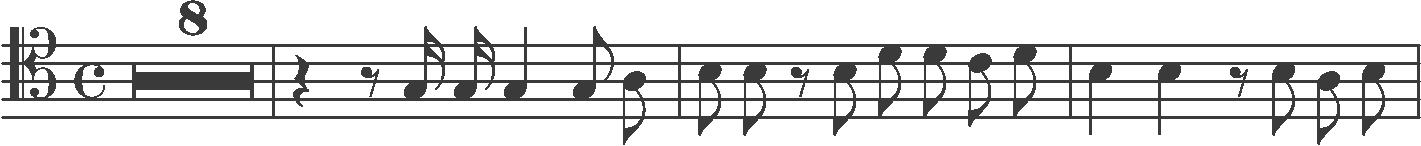
Transcription: clef-C4 timeSignature-C multirest-8 barline rest-quarter rest-eighth note-G3_sixteenth note-G3_sixteenth note-G3_quarter note-G3_eighth note-A3_eighth barline note-B3_eighth note-B3_eighth rest-eighth note-B3_eighth note-D4_eighth note-D4_eighth note-C4_eighth note-D4_eighth barline note-B3_quarter note-B3_quarter rest-eighth note-B3_eighth note-A3_eighth note-B3_eighth barline